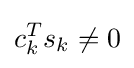
c_{k}^{T}s_{k}\neq 0